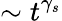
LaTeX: \sim t^{\gamma_{s}}